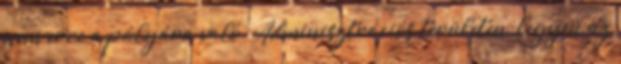
nem erre a pályára való. Adminisztrációs területen, legyen az